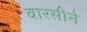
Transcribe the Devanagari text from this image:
वारसीने